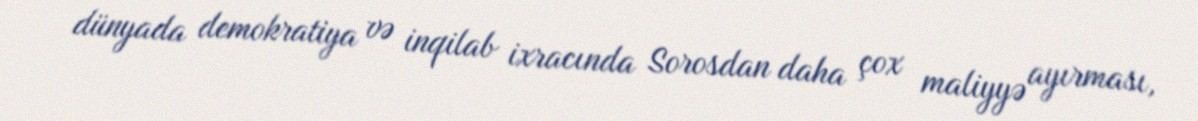
dünyada demokratiya və inqilab ixracında Sorosdan daha çox maliyyə ayırması,